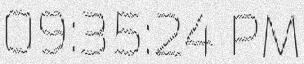
09:35:24 PM